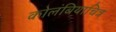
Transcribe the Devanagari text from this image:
कोलंबियाचित्र